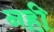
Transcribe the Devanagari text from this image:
नही़